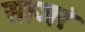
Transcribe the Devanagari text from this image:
साजरं